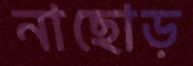
নাছোড়